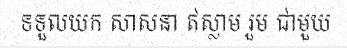
ទទួលយក សាសនា ឥស្លាម រួម ជាមួយ